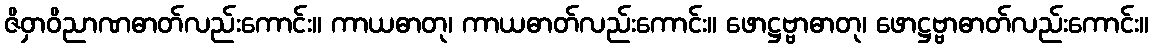
ဇိဝှာဝိညာဏဓာတ်လည်းကောင်း။ ကာယဓာတု၊ ကာယဓာတ်လည်းကောင်း။ ဖောဋ္ဌဗ္ဗာဓာတု၊ ဖောဋ္ဌဗ္ဗာဓာတ်လည်းကောင်း။